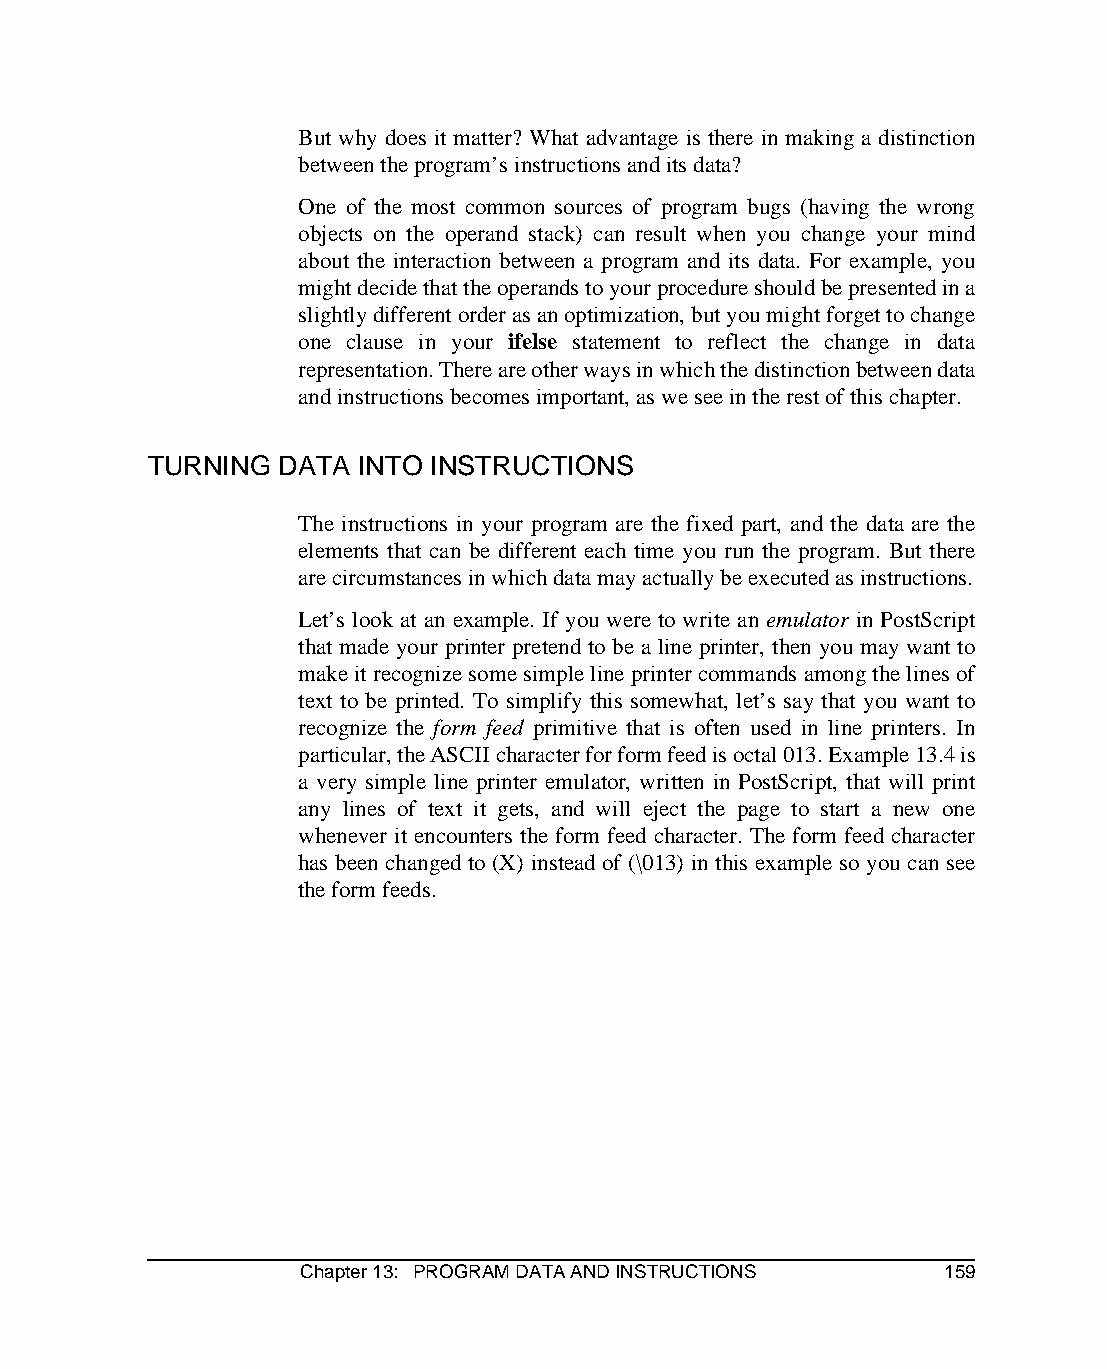
But why does it matter? What advantage is there in making a distinction
 between the program’s instructions and its data?
 One of the most common sources of program bugs (having the wrong
 objects on the operand stack) can result when you change your mind
 about the interaction between a program and its data. For example, you
 might decide that the operands to your procedure should be presented in a
 slightly different order as an optimization, but you might forget to change
 one clause in your ifelse statement to reflect the change in data
 representation. There are other ways in which the distinction between data
 and instructions becomes important, as we see in the rest of this chapter.
 TURNING  DATA INTO INSTRUCTIONS
 The instructions in your program are the fixed part, and the data are the
 elements that can be different each time you run the program. But there
 are circumstances in which data may actually be executed as instructions.
 Let’s look at an example. If you were to write an emulator in PostScript
 that made your printer pretend to be a line printer, then you may want to
 make it recognize some simple line printer commands among the lines of
 text to be printed. To simplify this somewhat, let’s say that you want to
 recognize the form feed primitive that is often used in line printers. In
 particular, the ASCII character for form feed is octal 013. Example 13.4 is
 a very simple line printer emulator, written in PostScript, that will print
 any lines of text it gets, and will eject the page to start a new one
 whenever it encounters the form feed character. The form feed character
 has been changed to (X) instead of (\013) in this example so you can see
 the form feeds.
 Chapter 13: PROGRAM DATA AND INSTRUCTIONS 159